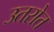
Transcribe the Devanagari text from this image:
उतरोत